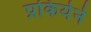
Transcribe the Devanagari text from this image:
प्रकियेने